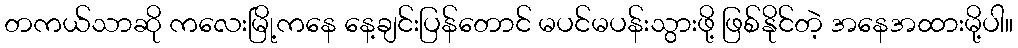
တကယ်သာဆို ကလေးမြို့ကနေ နေ့ချင်းပြန်တောင် မပင်မပန်းသွားဖို့ ဖြစ်နိုင်တဲ့ အနေအထားမို့ပါ။